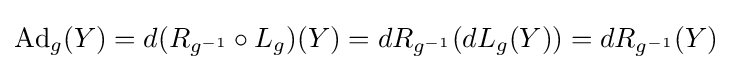
\operatorname {Ad} _{g}(Y)=d(R_{g^{-1}}\circ L_{g})(Y)=dR_{g^{-1}}(dL_{g}(Y))=dR_{g^{-1}}(Y)